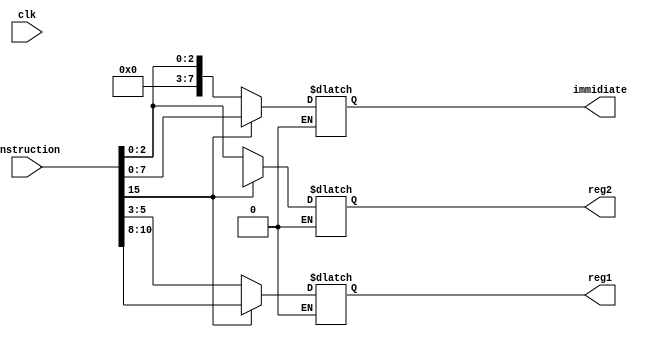
`timescale 1ns / 1ns
module instructionDecoder (output reg[2:0] reg1,reg2, output reg[7:0]immidiate,input[15:0]instruction,input clk);

always @(instruction)
begin

if(instruction[15] == 0)
begin
reg1 = instruction[5:3];
reg2 = instruction[2:0];
immidiate = {5'b00000,reg2};
end
else if(instruction[15] == 1)
begin
reg1 = instruction[10:8];
reg2 = 3'bZ;
immidiate = instruction[7:0];
end

end

endmodule //instructionDecoder